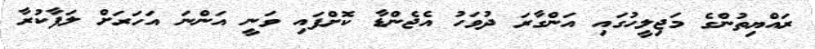
ރައްޔިތުންގެ މަޖިލީހުގައި އަންގާރަ ދުވަހު އެޖެންޑާ ކޮށްފައި ވަނީ އަންނަ އަހަރަށް ލަފާކުރާ